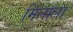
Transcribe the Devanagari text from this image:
मिलाला